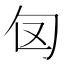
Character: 𭅅